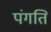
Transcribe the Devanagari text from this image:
पंगति